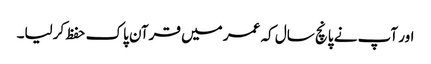
اور آپ نے پانچ سال کہ عمر میں قرآن پاک حفظ کرلیا۔